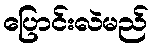
ပြောင်းလဲမည်